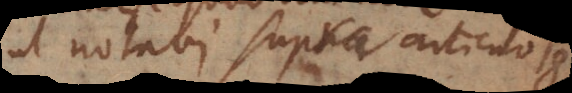
ut notavi supra articulo